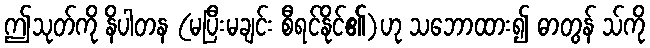
ဤသုတ်ကို နိပါတန (မပြီးမချင်း စီရင်နိုင်၏)ဟု သဘောထား၍ ဓာတွန် သ်ကို